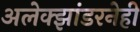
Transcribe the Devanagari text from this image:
अलेक्झांडरनेही